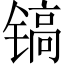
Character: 镐